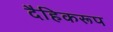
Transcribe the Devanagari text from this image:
दैहिकरूप